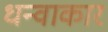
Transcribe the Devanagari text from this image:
धन्वाकार